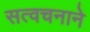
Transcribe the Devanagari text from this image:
सत्वचनाने